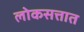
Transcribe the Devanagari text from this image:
लोकसत्तात